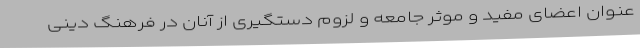
عنوان اعضای مفید و موثر جامعه و لزوم دستگیری از آنان در فرهنگ دینی